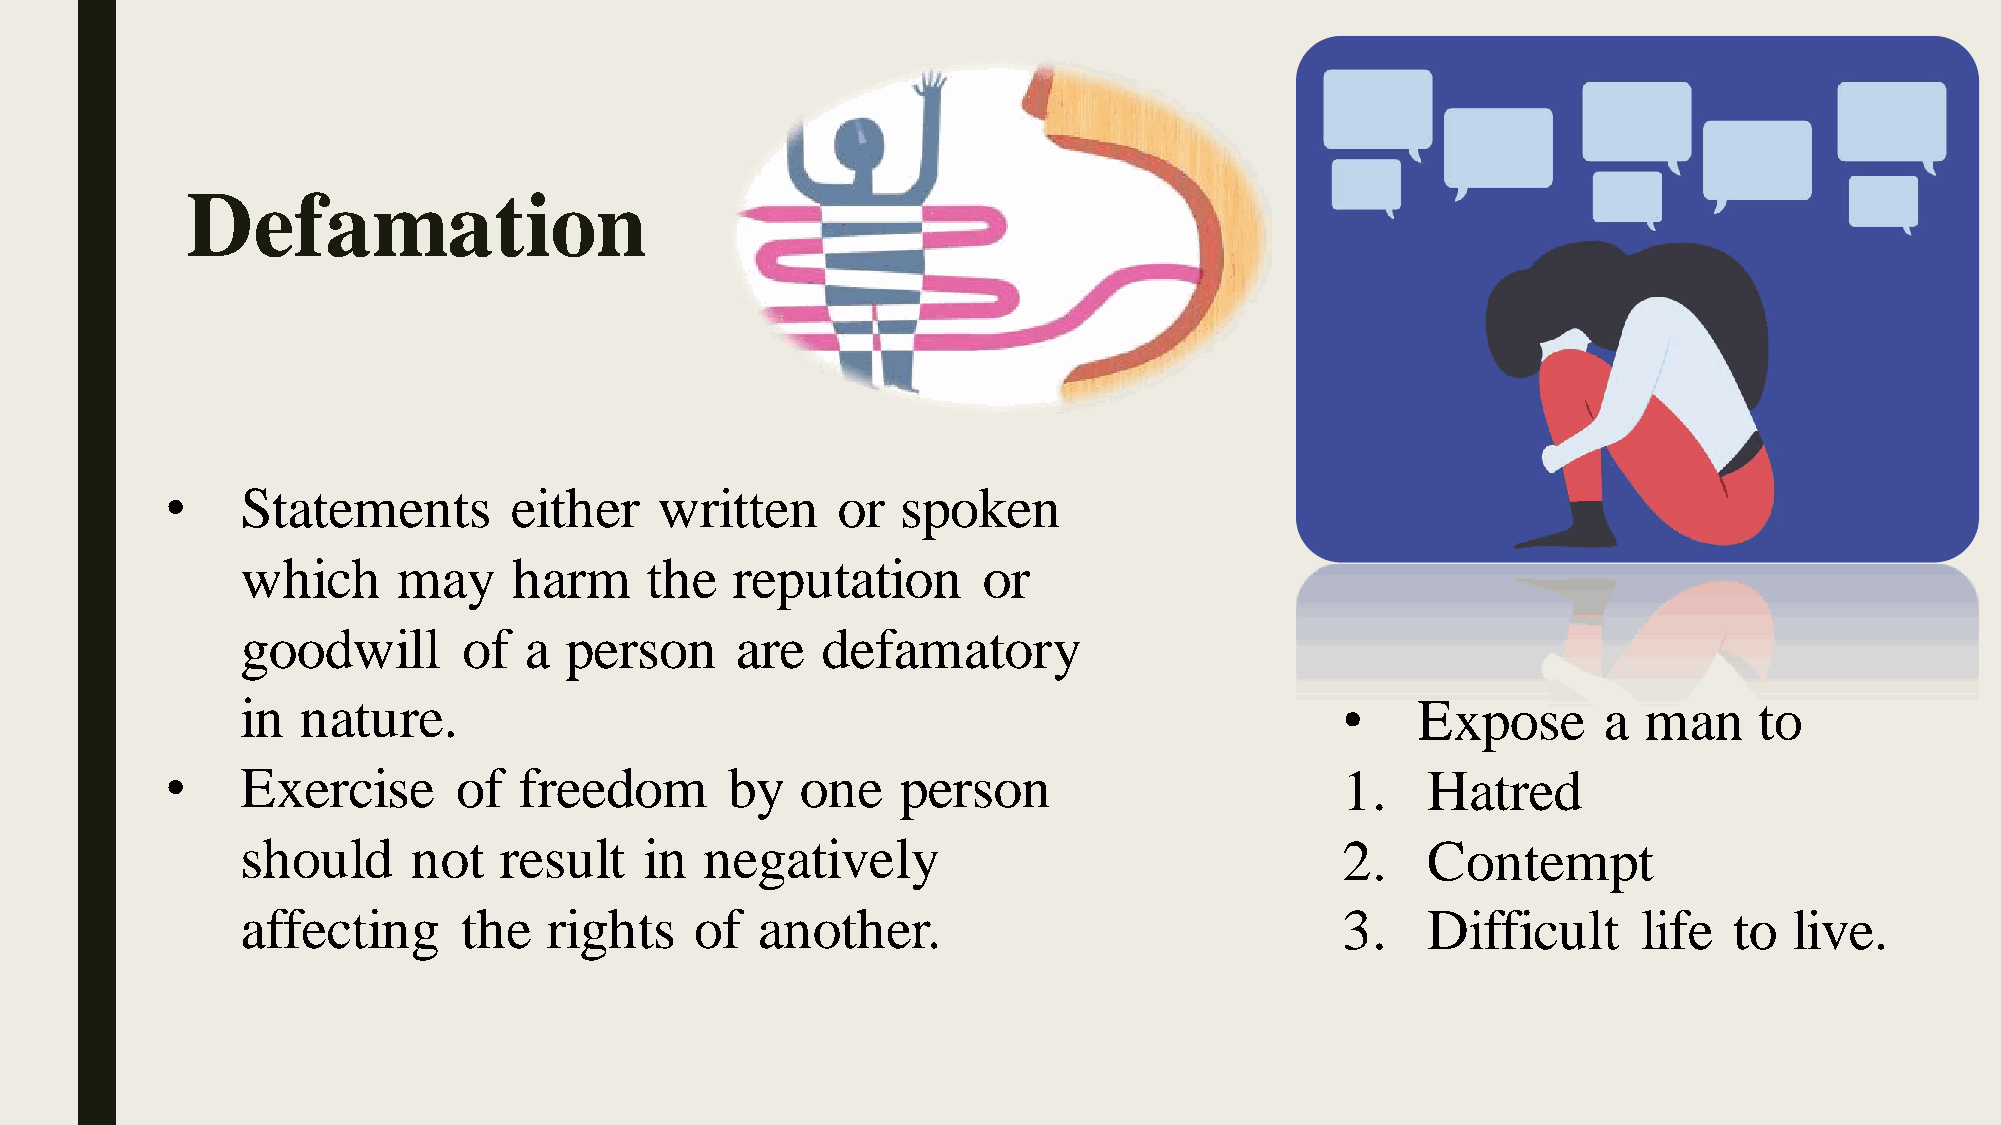
Defamation
 •    Statements        either    written    or   spoken
 which     may     harm     the  reputation       or
 goodwill       of  a person      are  defamatory
 in  nature.                                                              •    Expose      a  man    to
 •    Exercise      of  freedom       by   one    person                       1.   Hatred
 should     not   result    in  negatively                                2.   Contempt
 affecting      the  rights    of  another.                               3.   Difficult      life  to  live.